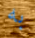
به